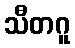
သီတဂူ